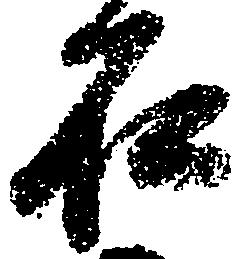
石